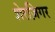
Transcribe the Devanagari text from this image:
शेरज़िगर